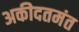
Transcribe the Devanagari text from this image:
अकीदतमंत